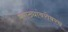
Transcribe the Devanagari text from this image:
मराठ्यांबरोबरच